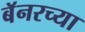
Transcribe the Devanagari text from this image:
बॅनरच्या